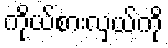
ကိုယ်စားလှယ်ကို